Vaccination report Assam 1896-1927 - 1896-1927
Year: 1896
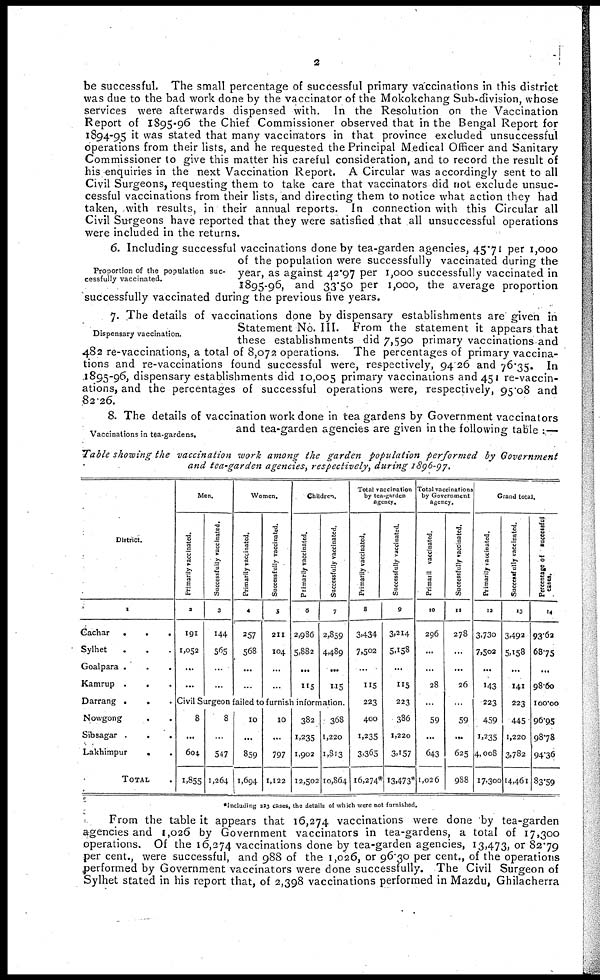
2
be successful. The small percentage of successful primary vaccinations in this district
was due to the bad work done by the vaccinator of the Mokokchang Sub-division, whose
services were afterwards dispensed with. In the Resolution on the Vaccination
Report of 1895-96 the Chief Commissioner observed that in the Bengal Report for
1894-95 it was stated that many vaccinators in that province excluded unsuccessful
operations from their lists, and he requested the Principal Medical Officer and Sanitary
Commissioner to give this matter his careful consideration, and to record the result of
his enquiries in the next Vaccination Report. A Circular was accordingly sent to all
Civil Surgeons, requesting them to take care that vaccinators did not exclude unsuc-
cessful vaccinations from their lists, and directing them to notice what action they had
taken, with results, in their annual reports. In connection with this Circular all
Civil Surgeons have reported that they were satisfied that all unsuccessful operations
were included in the returns.
Proportion of the population suc-
cessfully vaccinated.
6. Including successful vaccinations done by tea-garden agencies, 45.71 per 1,000
of the population were successfully vaccinated during the
year, as against 42.97 per 1,000 successfully vaccinated in
1895-96, and 33.50 per 1,000, the average proportion
successfully vaccinated during the previous five years.
Dispensary vaccination.
7. The details of vaccinations done by dispensary establishments are given in
Statement No. III. From the statement it appears that
these establishments did 7,590 primary vaccinations and
482 re-vaccinations, a total of 8,072 operations. The percentages of primary vaccina-
tions and re-vaccinations found successful were, respectively, 94 26 and 76.35. In
1895-96, dispensary establishments did 10,005 primary vaccinations and 451 re-vaccin-
ations, and the percentages of successful operations were, respectively, 95.08 and
82.26.
Vaccinations in tea-gardens.
8. The details of vaccination work done in tea gardens by Government vaccinators
and tea-garden agencies are given in the following table :—
Table showing the vaccination work among the garden population performed
by Government
and tea-garden agencies, respectively, during 1896-97.
District.
1
Cachar
.
.
.
Sylhet ...
Goalpara ...
Kamrup
...
Darrang ...
Nowgong
..
Sibsagar
.
.
.
Lakhimpur
. .
TOTAL .
Men.
Primarily vaccinated.
2
191
1,052
...
...
Successfully vaccinated.
3
144
565
...
...
Women.
Primarily vaccinated.
4
257
568
...
...
Successfully vaccinated.
5
211
104
...
...
Children.
Primarily vaccinated.
6
2,986
5,882
...
115
Successfully vaccinated.
7
2,859
4,489
...
115
Civil Surgeon failed to furnish information.
8
...
604
1,855
8
...
547
1,264
10
...
859
1,694
10
...
797
1,122
382
1,235
1,902
12,502
368
1,220
1,813
10,864
Total vaccination
by tea-garden
agency.
Primarily vaccinated.
8
3,434
7,502
...
115
223
400
1,235
3,365
16,274*
Successfully vaccinated.
9
3,214
5,158
...
115
223
386
1,220
3,157
13,473*
Total vaccinations
by Government
agency.
Primarily vaccinated.
10
296
...
...
28
...
59
...
643
1,026
Successfully vaccinated.
11
278
...
...
26
...
59
...
625
988
Grand total.
Primarily vaccinated.
12
3,730
7,502
...
143
223
459
1,235
4,008
17,300
Successfully vaccinated.
13
3,492
5,158
...
141
223
445
1,220
3,782
14,461
Percentage of successful
cases.
14
93.62
68.75
...
98.60
100.00
96.95
98.78
94.36
83.59
*Including 223 cases, the details of which were not furnished.
From the table it appears that 16,274 vaccinations were done by tea-garden
agencies and 1,026 by Government vaccinators in tea-gardens, a total of 17,300
operations. Of the 16,374 vaccinations done by tea-garden agencies, 13,473, or 82.79
per cent., were successful, and 988 of the 1,026, or 96.30 per cent., of the operations
performed by Government vaccinators were done successfully. The Civil Surgeon of
Sylhet stated in his report that, of 2,398 vaccinations performed in Mazdu, Ghilacherra